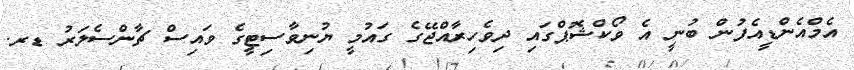
އެމްއެންޑީއެފުން ބުނީ އެ ވޯކްޝޮޕްގައި ދިވެހިރާއްޖޭގެ ގައުމީ ޔުނިވާސިޓީގެ ވައިސް ޗާންސެލަރު ޑރ.